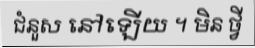
ជំនួស នៅឡើយ ។ មិន ថ្វី